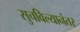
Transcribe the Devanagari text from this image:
सुचविल्यानंतर